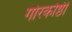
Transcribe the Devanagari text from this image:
गोरकोष्ठी